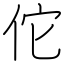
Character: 佗